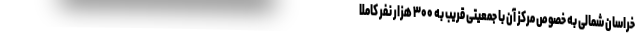
خراسان شمالی به خصوص مرکز آن با جمعیتی قریب به ۳۰۰ هزار نفر کاملاً